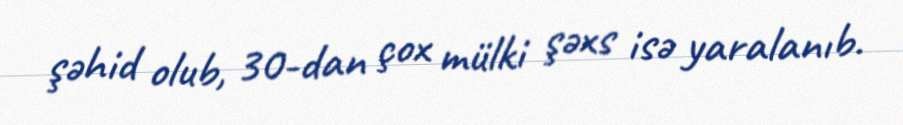
şəhid olub, 30-dan çox mülki şəxs isə yaralanıb.